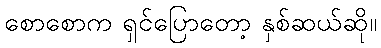
စောစောက ရှင်ပြောတော့ နှစ်ဆယ်ဆို။